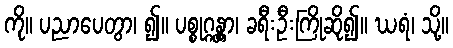
ကို။ ပညာပေတွာ၊ ၍။ ပစ္စုဂ္ဂန္တွာ၊ ခရီးဦးကြိုဆို၍။ ဃရံ၊ သို့။